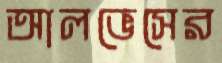
আলভেসের